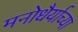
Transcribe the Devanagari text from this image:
मनोधैर्याच्या